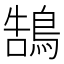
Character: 鵠